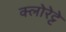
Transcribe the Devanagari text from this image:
क्‍लोरेट्टे